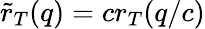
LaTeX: \tilde{r}_{T}(q)=cr_{T}(q/c)